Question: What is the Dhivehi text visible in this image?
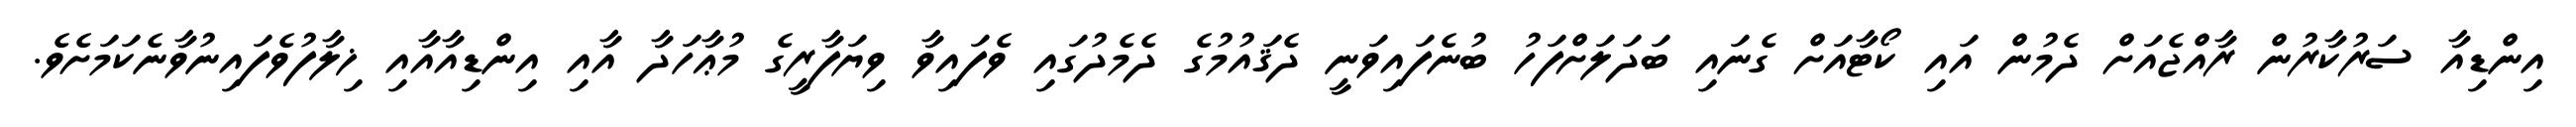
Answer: އިންޑިއާ ސަރުކާރުން ރާއްޖެއަށް ދެމުން އައި ކޯޓާއަށް ގެނައި ބަދަލަށްފަހު ބުނެފައިވަނީ ދެޤައުމުގެ ދެމެދުގައި ވެފައިވާ ވިޔަފާރީގެ މުޢާހަދާ އާއި އިންޑިއާއާއި ޚިލާފުވެފައިނުވާނެކަމަށެވެ.